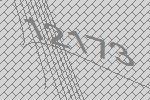
12173